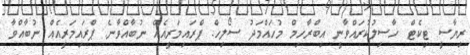
ރިޔާސީ ޓިކެޓް ހާސިލުކުރައްވާނީ އިބްރާހިމް މުހައްމަދު ސޯލިހް. ޕްރައިމަރީއެއް ނުބާއްވާނެ. ޕްރައިމަރީއެއް ނުބާއްވާ